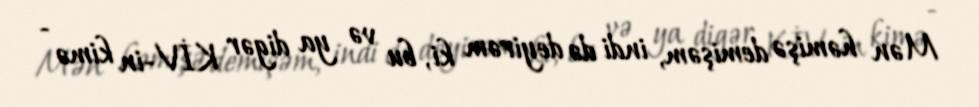
Mən həmişə demişəm, indi də deyirəm ki, bu və ya digər KİV-in kimə -